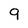
Character: 9